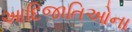
આદિજાતિઓના